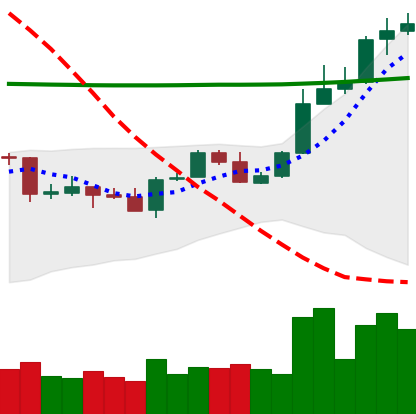
Ticker: ADA-USD
Chart end date: 2020-04-28
Forward return: 3.674%
Label: up_3_5